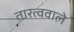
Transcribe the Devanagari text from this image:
तारत्ववाले